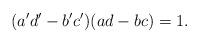
LaTeX: \begin{align*}(a'd'-b'c')(ad-bc)=1.\end{align*}